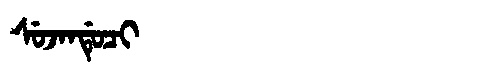
Manchu: ᠰᡠᠵᠠᠨᡩᡠᠴᡳ
Romanization: SUJANDUCI